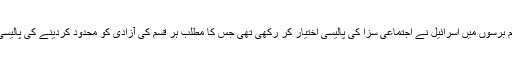
ان تمام برسوں میں اسرائیل نے اجتماعی سزا کی پالیسی اختیار کر رکھی تھی جس کا مطلب ہر قسم کی آزادی کو محدود کردینے کی پالیسی تھی۔